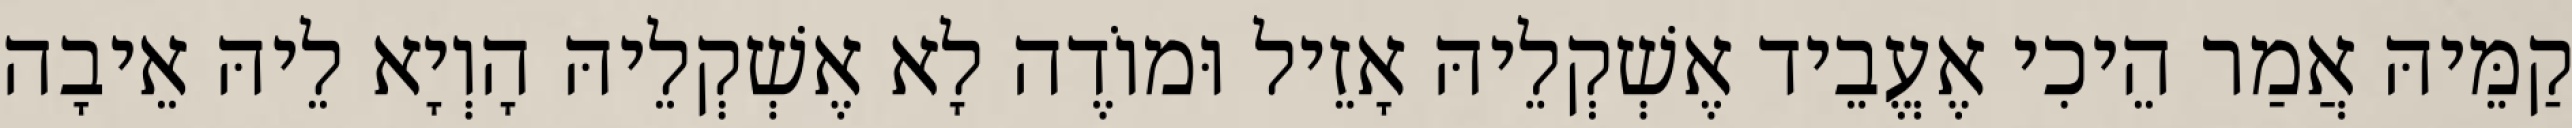
קַמֵּיהּ אֲמַר הֵיכִי אֶעֱבֵיד אֶשְׁקְלֵיהּ אָזֵיל וּמוֹדֶה לָא אֶשְׁקְלֵיהּ הָוְיָא לֵיהּ אֵיבָה